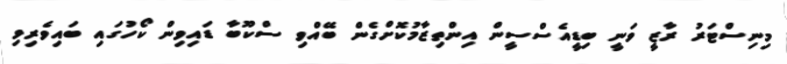
މިނިސްޓަރު ރާޒީ ވަނީ ބިޑީއެސްސީން އިންތިޒާމުކޮށްގެން ބޭއްވި ސްކޫބާ ޑައިވިން ކޯހުގައި ބައިވެރިވި